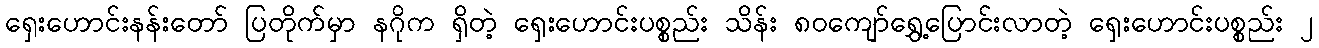
ရှေးဟောင်းနန်းတော် ပြတိုက်မှာ နဂိုက ရှိတဲ့ ရှေးဟောင်းပစ္စည်း သိန်း ၈၀ကျော်ရွှေ့ပြောင်းလာတဲ့ ရှေးဟောင်းပစ္စည်း ၂